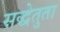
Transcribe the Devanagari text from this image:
सद्धेतुता